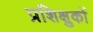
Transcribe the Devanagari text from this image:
प्रशिक्षुकों